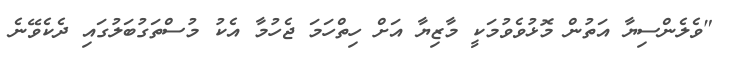
"ވެލެންސިޔާ އަތުން މޮޅުވެވުމަކީ މާޒިޔާ އަށް ހިތްހަމަ ޖެހުމާ އެކު މުސްތަގުބަލުގައި ދެކެވޭނެ